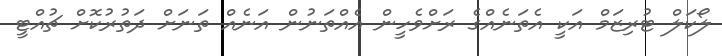
ލޯކަލް ޓުރިޒަމް އަކީ އެތަނެއްގެ ރަށްވެހީން އެއްތަނުން އަނެއް ތަނަށް ދަތުރުކޮށް ޗުއްޓީ